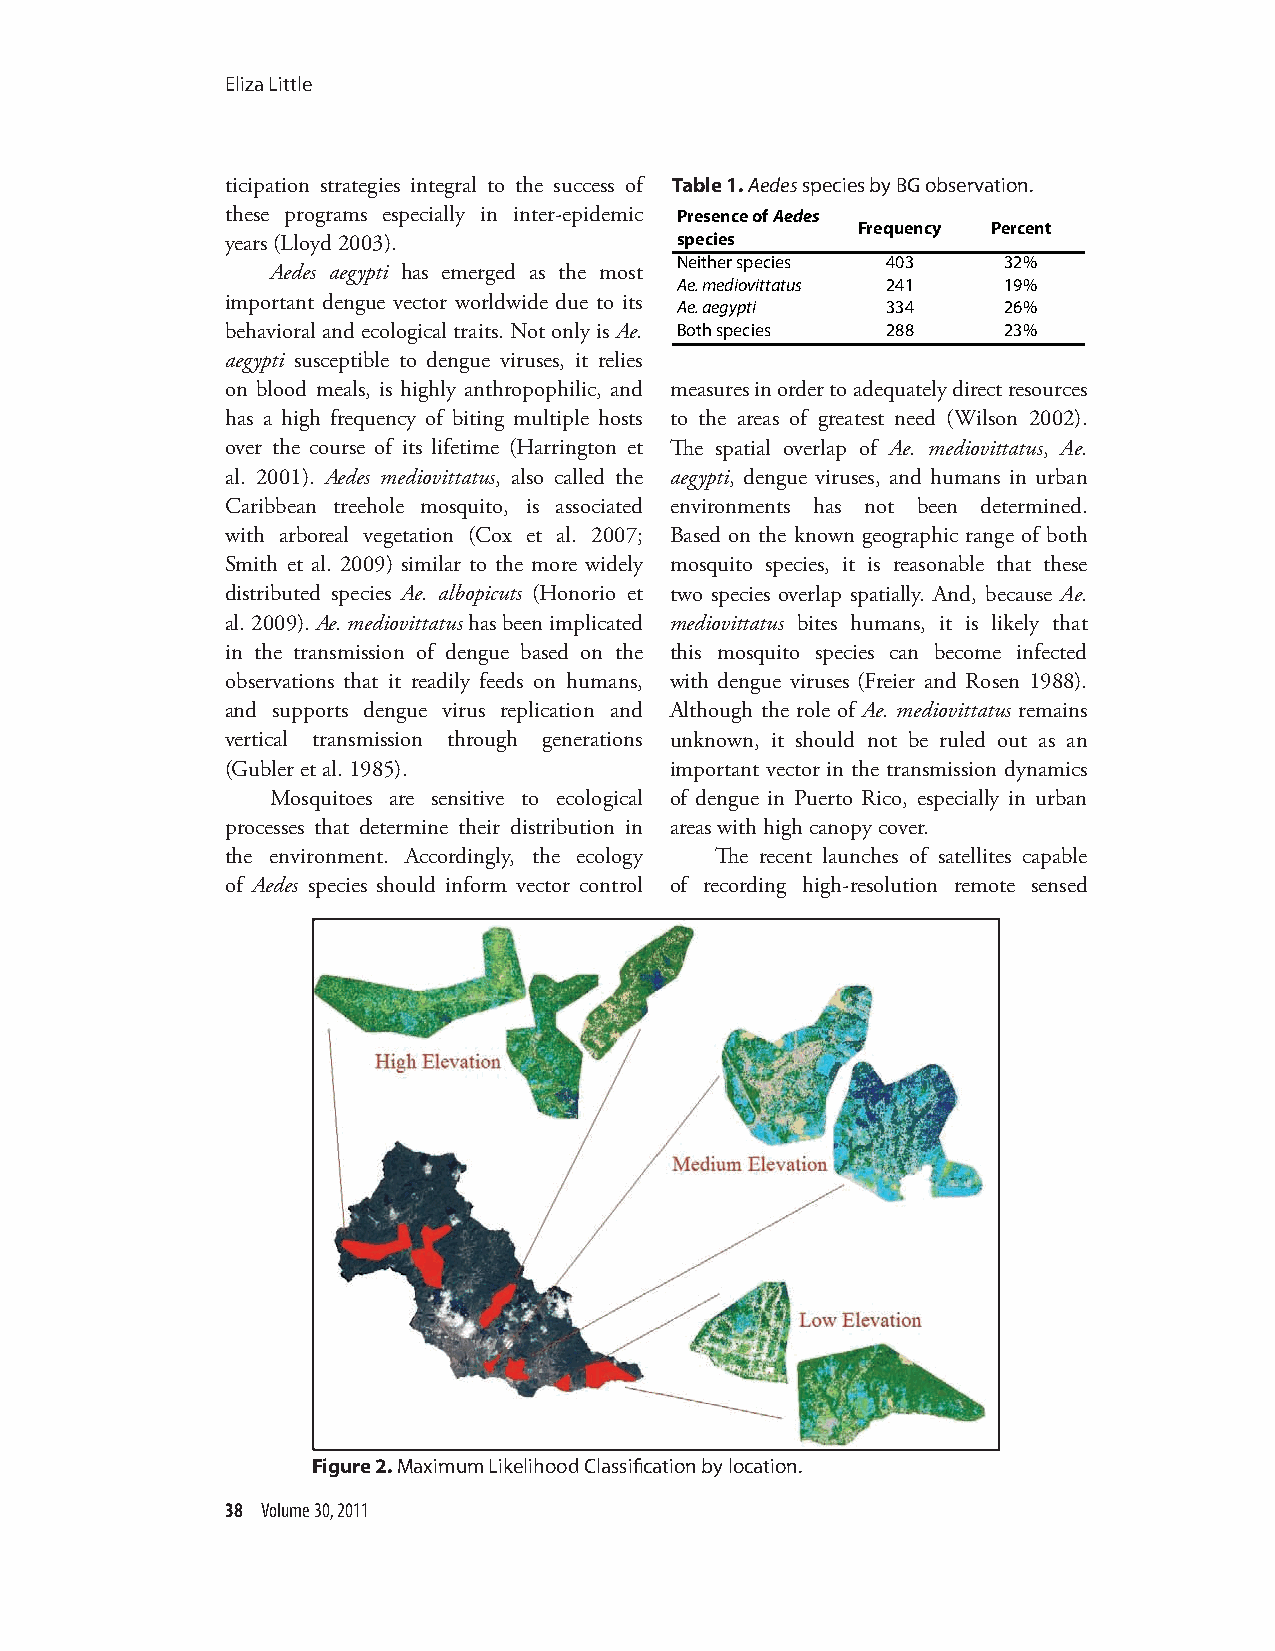
Eliza Little
 ticipation strategies integral to the success of Table 1. Aedes species by BG observation.
 these programs especially in inter-epidemic Presence of Aedes
 Frequency Percent
 years (Lloyd 2003).           species
 Neither species 403  32%
 Aedes aegypti has emerged as the most
 Ae. mediovittatus 241 19%
 important dengue vector worldwide due to its Ae. aegypti 334 26%
 behavioral and ecological traits. Not only is Ae. Both species 288 23%
 aegypti susceptible to dengue viruses, it relies
 on blood meals, is highly anthropophilic, and measures in order to adequately direct resources
 has a high frequency of biting multiple hosts to the areas of greatest need (Wilson 2002).
 over the course of its lifetime (Harrington et The spatial overlap of Ae. mediovittatus, Ae.
 al. 2001). Aedes mediovittatus, also called the aegypti, dengue viruses, and humans in urban
 Caribbean treehole mosquito, is associated environments has not been determined.
 with arboreal vegetation (Cox et al. 2007; Based on the known geographic range of both
 Smith et al. 2009) similar to the more widely mosquito species, it is reasonable that these
 distributed species Ae. albopicuts (Honorio et two species overlap spatially. And, because Ae.
 al. 2009). Ae. mediovittatus has been implicated mediovittatus bites humans, it is likely that
 in the transmission of dengue based on the this mosquito species can become infected
 observations that it readily feeds on humans, with dengue viruses (Freier and Rosen 1988).
 and supports dengue virus replication and Although the role of Ae. mediovittatus remains
 vertical transmission through generations unknown, it should not be ruled out as an
 (Gubler et al. 1985).        important vector in the transmission dynamics
 Mosquitoes are sensitive to ecological of dengue in Puerto Rico, especially in urban
 processes that determine their distribution in areas with high canopy cover.
 the environment. Accordingly, the ecology The recent launches of satellites capable
 of Aedes species should inform vector control of recording high-resolution remote sensed
 Figure 2. Maximum Likelihood Classification by location.
 38 Volume 30, 2011